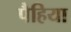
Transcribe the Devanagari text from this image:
पैहिया